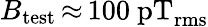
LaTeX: B_{\mathrm{test}}\, {\approx}\, 100~\mathrm{pT_{rms}}